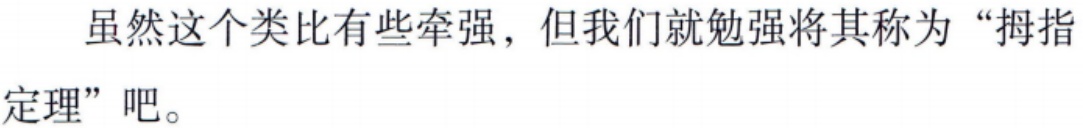
虽然这个类比有些牵强，但我们就勉强将其称为“拇指定理”吧。